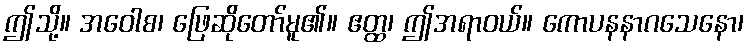
ဤသို့။ အဝေါစ၊ ဖြေဆိုတော်မူ၏။ ဧတ္ထ၊ ဤအရာဝယ်။ ကောပနနာဂသေနော၊